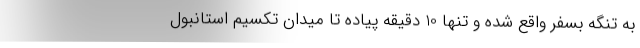
به تنگه بسفر واقع شده و تنها 10 دقیقه پیاده تا میدان تکسیم استانبول